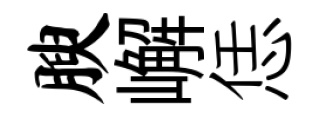
腴嶰恁